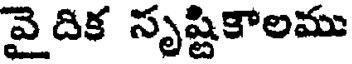
వై దిక సృష్టికాలము